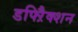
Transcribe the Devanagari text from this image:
डफ्ऱैिक्शन